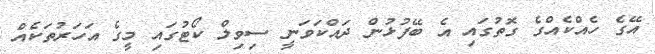
އޭގެ ހެއްކެއްގެ ގޮތުގައި އެ ބޭފުޅުން ދައްކަވަނީ ސިވިލް ކޯޓުގައި މީގެ އަހަރުތަކެއް